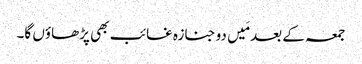
جمعہ کے بعد مَیں دو جنازہ غائب بھی پڑھاؤں گا۔